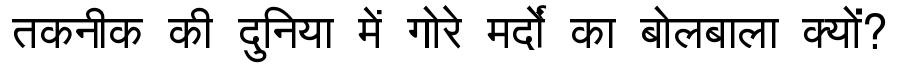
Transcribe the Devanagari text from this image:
तकनीक की दुनिया में गोरे मर्दों का बोलबाला क्यों?